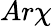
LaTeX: Ar\chi